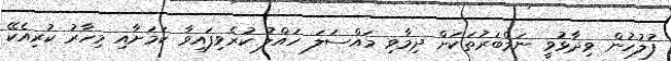
ފުލުހުން ވިދާޅުވީ ނަމްބަރުތަކަށް ދިމާވި މައްސަލަ ހައްލު ކުރެވިފައިވާ ކަމަށާއި މިހާރު ކުރިއެކޭ